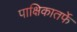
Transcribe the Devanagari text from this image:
पाक्षिकातर्फे